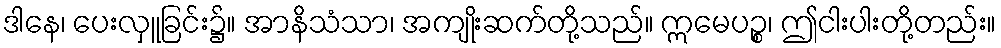
ဒါနေ၊ ပေးလှူခြင်း၌။ အာနိသံသာ၊ အကျိုးဆက်တို့သည်။ ဣမေပဉ္စ၊ ဤငါးပါးတို့တည်း။